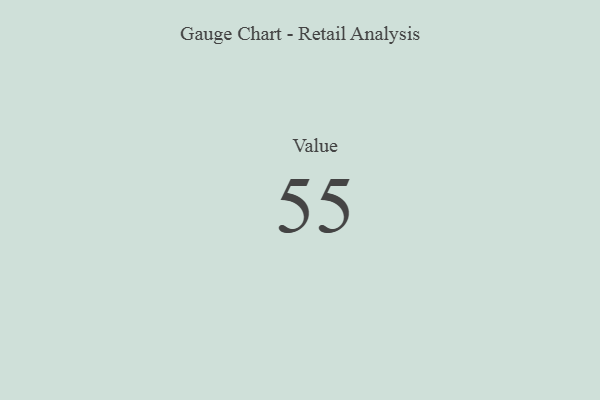
{"axis": {"x": "Metric", "y": "Value"}, "legend": [""], "data": [{"x": "Value", "y": 55, "type": ""}]}